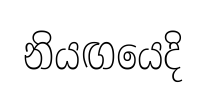
නියඟයෙදි